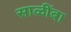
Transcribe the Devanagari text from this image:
साळींबा